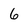
Character: 6